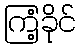
ကြံ့ခိုင်